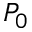
P _ { 0 }